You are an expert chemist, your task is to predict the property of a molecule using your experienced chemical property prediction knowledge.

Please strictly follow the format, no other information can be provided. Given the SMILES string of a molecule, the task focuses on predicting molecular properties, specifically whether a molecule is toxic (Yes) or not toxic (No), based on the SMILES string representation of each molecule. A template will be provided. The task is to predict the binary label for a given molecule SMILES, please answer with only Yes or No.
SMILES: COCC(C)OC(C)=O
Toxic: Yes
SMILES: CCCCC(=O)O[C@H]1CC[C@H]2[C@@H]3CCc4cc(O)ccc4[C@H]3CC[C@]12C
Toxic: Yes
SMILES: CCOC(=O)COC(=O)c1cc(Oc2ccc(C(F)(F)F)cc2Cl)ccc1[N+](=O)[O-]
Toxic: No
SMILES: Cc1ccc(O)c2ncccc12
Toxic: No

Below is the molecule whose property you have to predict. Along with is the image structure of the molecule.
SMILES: CCCCC(CC)CO[N+](=O)[O-]
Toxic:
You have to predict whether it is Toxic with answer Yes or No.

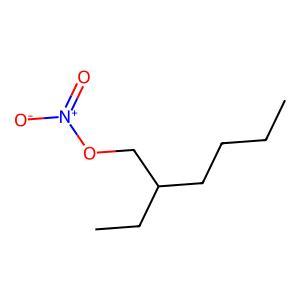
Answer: No